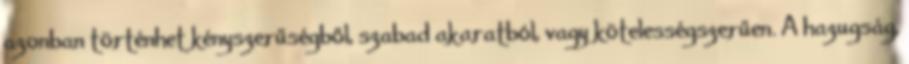
azonban történhet kényszerűségből, szabad akaratból, vagy kötelességszerűen. A hazugság,